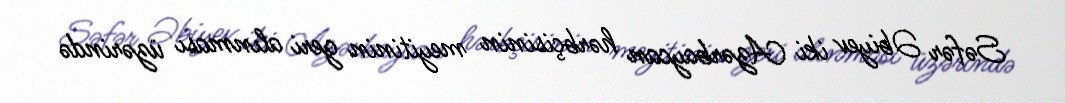
Səfər Əbiyev iki Azərbaycan hərbçisinin meyitinin geri alınması üzərində